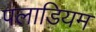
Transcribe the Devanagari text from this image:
पलाडियम